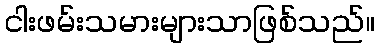
ငါးဖမ်းသမားများသာဖြစ်သည်။